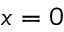
x = 0